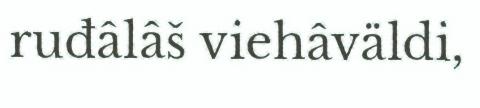
ruđâlâš viehâväldi,